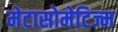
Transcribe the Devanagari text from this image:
मेटासोमेटिज्म